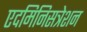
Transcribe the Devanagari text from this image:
एदमिनिसत्रेशन